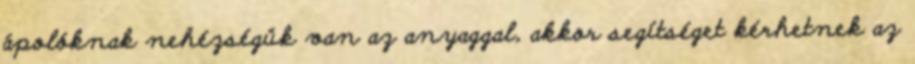
ápolóknak nehézségük van az anyaggal, akkor segítséget kérhetnek az